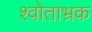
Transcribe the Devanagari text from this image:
श्वोताभ्रक